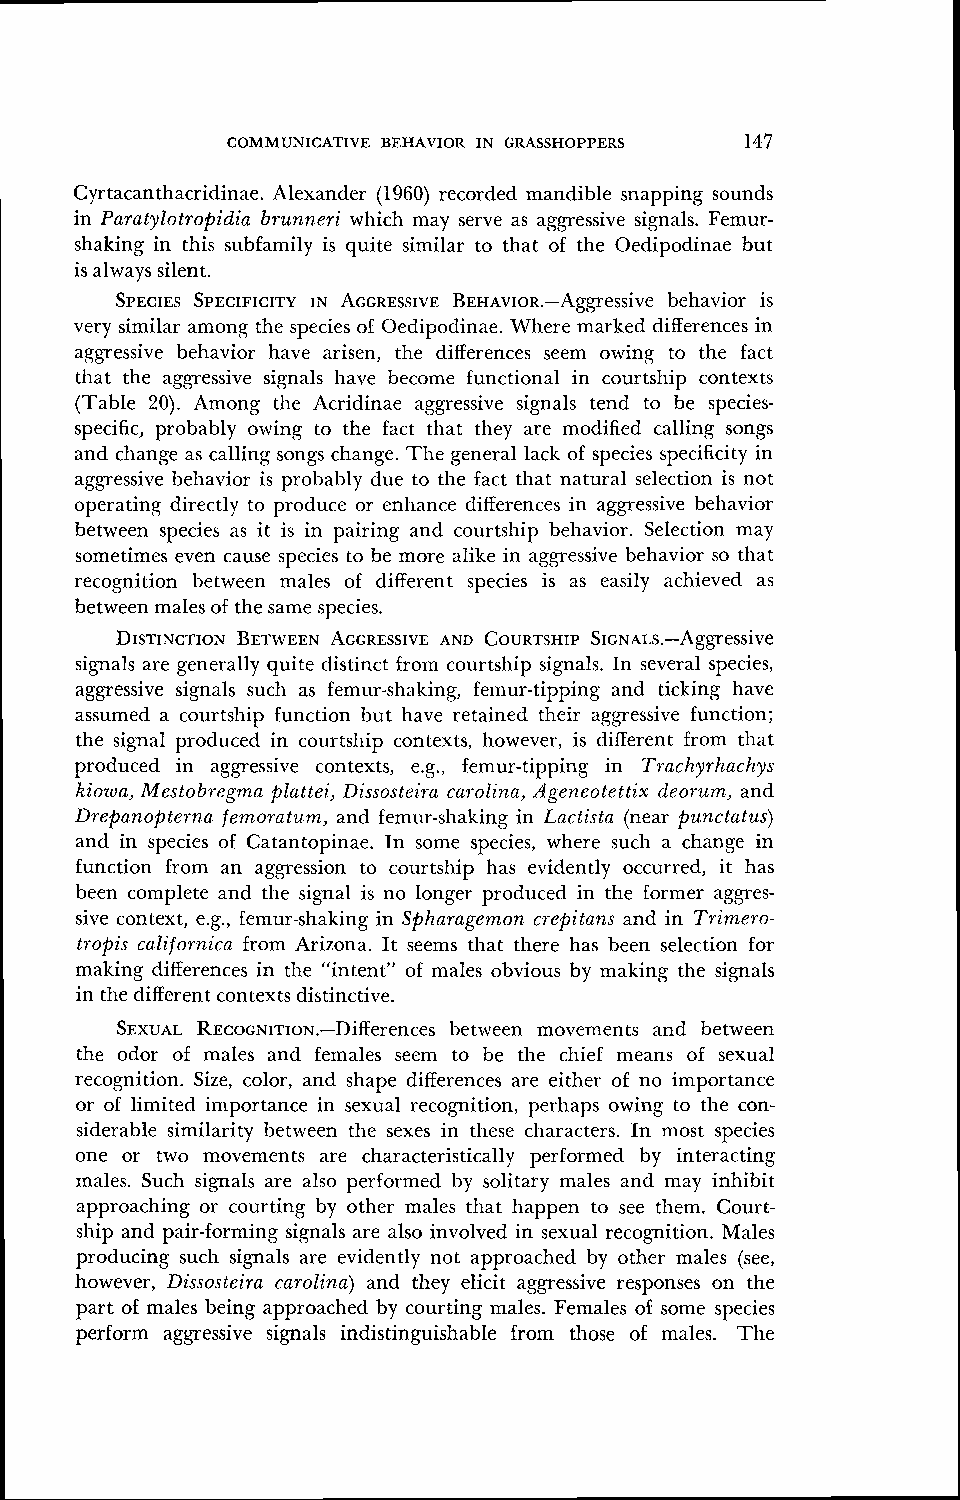
COMMUNICATIVE BE,HAVIOR IN GRASSHOPPERS 147
 Cyrtacanthacridinae. Alexander (1960) recorded mandible snapping sounds
 in Paratylotropidia brunneri which may serve as aggressive signals. Femur-
 shaking in this subfamily is quite similar to that of the Oedipodinae but
 is always silent.
 SPECIESS PECIFICITIYN AGGRESSIVBE~ ~~v~o~.-Aggresbseihvaev ior is
 very similar among the species of Oedipodinae. Where marked differences in
 aggressive behavior have arisen, the differences seem owing to the fact
 that the agcgressive signals have become lunctio~lali n courtship contexts
 (Table 20). Among the Acridinae aggressive signals tend to be species-
 specific, probably owing to the fact that they are modified calling songs
 and change as calling songs change. The general lack of species specificity in
 aggressive behavior is probably clue to the fact that natural selection is not
 operating directly to produce or enhance differences in ag~qessiveb ehavior
 between species as it is in pairing and courtship behavior. Selection may
 sometimes even cause species to be more alike in agLgressiveb ehavior so that
 recognition between males of different species is as easily achieved as
 between males of the same species.
 - -
 signals are generally quite distinct from courtship signals. In several species,
 aggressive signals such as femur-shaking, femur-tipping and ticking have
 assumed a courtship function but have retained their aggressive function;
 the signal produced in courtship contexts, however, is different from that
 produced in aggressive contexts, e.g., femur-tipping in Trachyrhachys
 kiowa, Mestobregrnm plattei, Dissosteira carolina, Ageneotettix deorum,, and
 Drepanopterna femoratum, and femur-shaking in L,actista (near punctatus)
 and in species of Catantopinae. In some species, where such a change in
 function from an aggression to courtship has evidently occurred, it has
 been complete and the signal is no longer produced in the former aggres-
 sive context, e.g., femur-shaking in Spharagem,on crepitans and in Trimero-
 tropis californica from Arizona. It seems that there has been selection for
 making differences in the "intent" of males obvious by making the signals
 in the different contexts distinctive.
 SEXUALR ~co~~~~~o~.-Diffbeetrweenen~ emso vements and between
 the odor of males and females seem to be the chief means of sexual
 recognition. Size, color, and shape differences are either of no importance
 or of limited importance in sexual recognition, perhaps owing to the con-
 siderable similarity between the sexes in these characters. In most species
 one or two movements are characteristically performed by interacting
 males. Such signals are also performed by solitary males and may inhibit
 approaching or courting by other males that happen to see them. Court-
 ship and pair-forming signals are also involved in sexual recognition. Males
 producing such signals are evidently not approached by other males (see,
 however, Dissosteira carolina) and they elicit aggressive responses on the
 part of males being approached by courting males. Females of some species
 perform aggressive signals indistinguishable from those of males. The